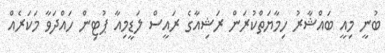
ބުނީ މިއީ ބައްޝާރު ހިމާޔަތްކުރަން ރަޝިއާގެ ރައީސް ލަޑީމިއާ ޕުޓިން ހައްދަވާ މަކަރެއް